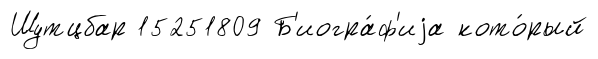
Шутцбар 15251809 Б'иогра́ф'иjа кото́рый